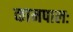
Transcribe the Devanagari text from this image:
कामपालः